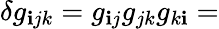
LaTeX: \delta{}g_{\mathbf{i}jk}=g_{\mathbf{i}j}g_{jk}g_{k\mathbf{i}}=